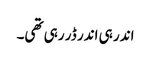
اندر ہی اندر ڈر رہی تھی۔